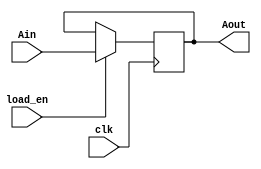
module SimpleReg8(input [7:0] Ain,
                  input load_en,
                  input clk,
                  output reg [7:0] Aout);

    always@(posedge clk)
    begin
        if(load_en)
			Aout <= Ain;
    end

endmodule